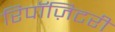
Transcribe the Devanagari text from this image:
रिपॉज़िटरी